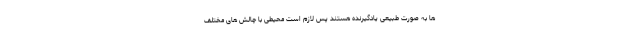
ها به صورت طبیعی یادگیرنده هستند پس لازم است محیطی با چالش های مختلف